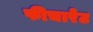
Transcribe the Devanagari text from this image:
फीचारेट